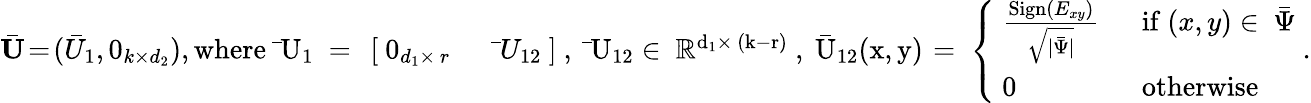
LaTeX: \begin{array}{r}{\bar{\mathbf{U}}\! =\! (\bar{U}_{1},0_{k\times d_{2}}),\mathrm{where~\bar{~}U_1~=~\left[\begin{array}{ll}{~0_{d_1\times~r}~}&{~\bar{~}U_{12}~}\end{array}\right]~,~\bar{~}U_{12}\in~\mathbb{R}^{d_1\times~(k-r)}~,~\bar{U}_{12}(x,y)\! ~=\! ~\left\{ \begin{array}{ll}{~\frac{\mathrm{Sign}(E_{xy})}{\sqrt{|\bar{\Psi}|}}~}&{~\mathrm{if}\ (x,y)\in~\bar{\Psi}}\\ {~0~}&{~\mathrm{otherwise}~}\end{array}\right.~.}}\end{array}